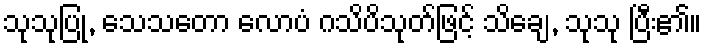
သုသုပြု, သေသတော လောပံ ဂသိပိသုတ်ဖြင့် သိချေ, သုသု ပြီး၏။